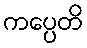
ကပ္ပေတိ